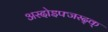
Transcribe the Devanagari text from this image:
अस्दोइफ्जस्द्क्